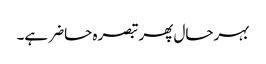
بہرحال پھر تبصرہ حاضر ہے۔